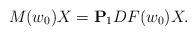
LaTeX: \begin{align*}{ M}(w_0) X = {\bf P}_1 DF(w_0) X.\end{align*}